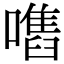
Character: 𡁫